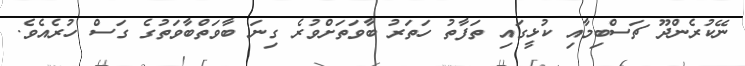
ނޭކުރެންދޫ ޗަސްބިމާއި ކުޅީގައި ތަފާތު ހަތަރު ބާވަތަށްވުރެ ގިނަ ބާވަތްބާވަތުގެ ގަސް ހުރެއެވެ.